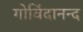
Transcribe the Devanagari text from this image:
गोविंदानन्द